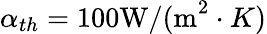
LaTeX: \alpha_{th}=100\textrm{W/(m}^{2}\cdot K)